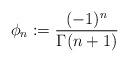
LaTeX: \begin{align*}\phi_{n} := \frac{(-1)^{n}}{\Gamma(n+1)}\end{align*}